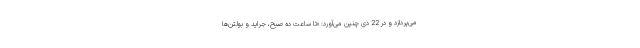
می‌پردازد و در 22 دی چنین می‌آورد: «تا ساعت ده صبح، جراید و بولتن‌ها